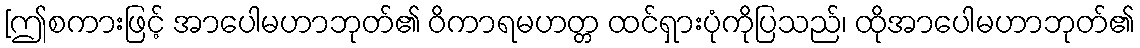
[ဤစကားဖြင့် အာပေါမဟာဘုတ်၏ ဝိကာရမဟတ္တ ထင်ရှားပုံကိုပြသည်၊ ထိုအာပေါမဟာဘုတ်၏